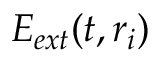
E _ { e x t } ( t , \boldsymbol { r } _ { i } )